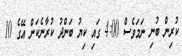
ކުރިން ބުނި ނަމަވެސް 4:00 ގައި ކިޔު ބަންދު ކުރާނެކަން އޭގެ 10